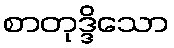
စာတုဒ္ဒိသော